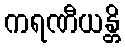
ကရဏီယန္တိ